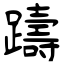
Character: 躊